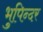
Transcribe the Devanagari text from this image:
भुपिन्दर